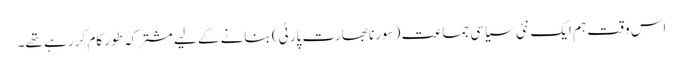
اس وقت ہم ایک نئی سیاسی جماعت (سورنا بھارت پارٹی) بنانے کے لیے مشترکہ طور کام کر رہے تھے۔